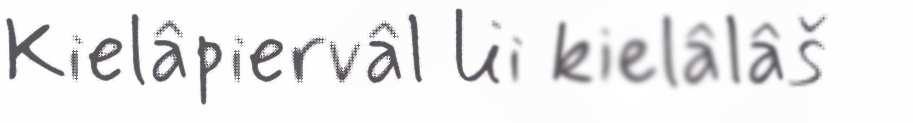
Kielâpiervâl lii kielâlâš